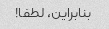
بنابراین، لطفا!